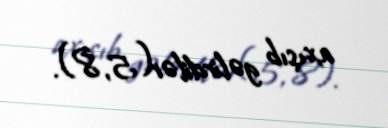
axışıb gəlirdilər(5, 8).